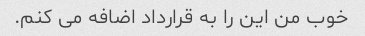
خوب من این را به قرارداد اضافه می کنم.